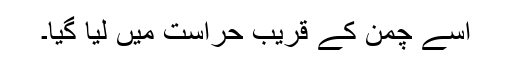
اسے چمن کے قریب حراست میں لیا گیا۔